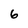
Character: 6